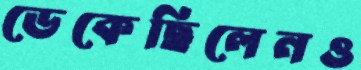
ডেকেছিলেনও